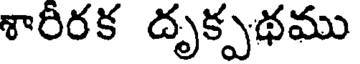
శారిరక దృక్పథము